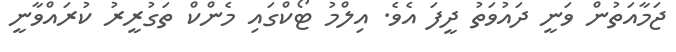
ޖަމާއަތުން ވަނީ ދައުވަތު ދީފަ އެވެ. އިލްމު ޓޯކްގައި މެންކް ތަގުރީރު ކުރައްވާނީ